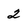
Character: 2